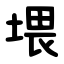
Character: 㙗